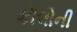
કૉલોની